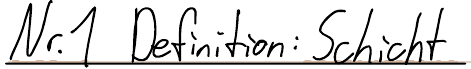
Nr. 1 Definition: Schicht